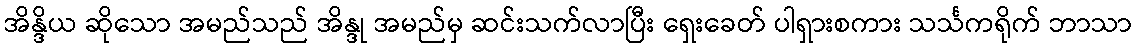
အိန္ဒိယ ဆိုသော အမည်သည် အိန္ဒု အမည်မှ ဆင်းသက်လာပြီး ရှေးခေတ် ပါရှားစကား သင်္သကရိုက် ဘာသာ